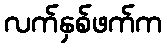
လက်နှစ်ဖက်က